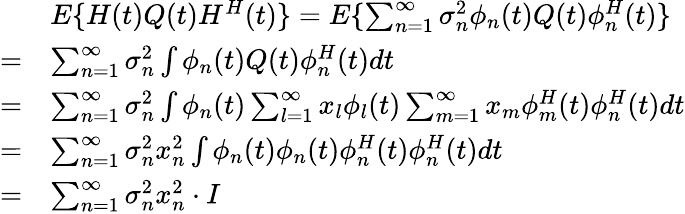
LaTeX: \begin{array}{rl}&{E\{ H(t)Q(t)H^{H}(t)\} =E\{ \sum_{n=1}^{\infty}\sigma_{n}^{2}\phi_{n}(t)Q(t)\phi_{n}^{H}(t)\} }\\ {=}&{\sum_{n=1}^{\infty}\sigma_{n}^{2}\int\phi_{n}(t)Q(t)\phi_{n}^{H}(t)dt}\\ {=}&{\sum_{n=1}^{\infty}\sigma_{n}^{2}\int\phi_{n}(t)\sum_{l=1}^{\infty}x_{l}\phi_{l}(t)\sum_{m=1}^{\infty}x_{m}\phi_{m}^{H}(t)\phi_{n}^{H}(t)dt}\\ {=}&{\sum_{n=1}^{\infty}\sigma_{n}^{2}x_{n}^{2}\int\phi_{n}(t)\phi_{n}(t)\phi_{n}^{H}(t)\phi_{n}^{H}(t)dt}\\ {=}&{\sum_{n=1}^{\infty}\sigma_{n}^{2}x_{n}^{2}\cdot I}\end{array}